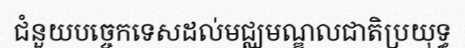
ជំនួយបច្ចេកទេសដល់មជ្ឈមណ្ឌលជាតិប្រយុទ្ធ